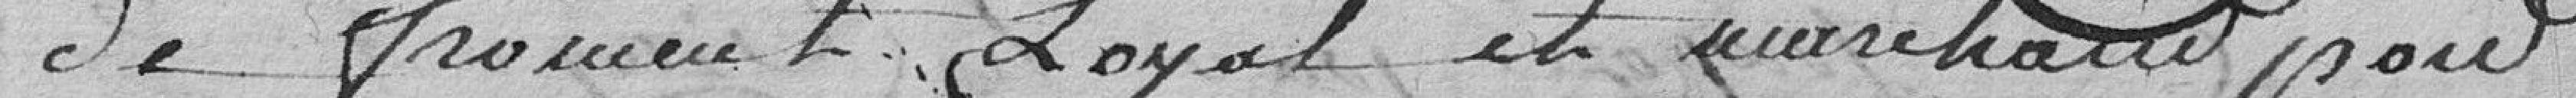
de froment Loyal et marchand pour